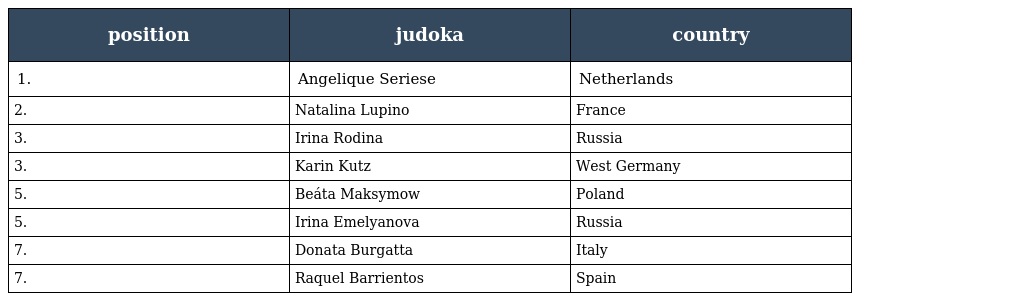
| position | judoka | country |
 | --- | --- | --- |
 | 1. | Angelique Seriese | Netherlands |
 | 2. | Natalina Lupino | France |
 | 3. | Irina Rodina | Russia |
 | 3. | Karin Kutz | West Germany |
 | 5. | Beáta Maksymow | Poland |
 | 5. | Irina Emelyanova | Russia |
 | 7. | Donata Burgatta | Italy |
 | 7. | Raquel Barrientos | Spain |